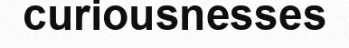
curiousnesses